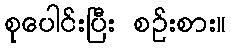
စုပေါင်းပြီး စဉ်းစား။